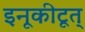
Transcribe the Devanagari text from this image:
इनूकीटूत्